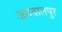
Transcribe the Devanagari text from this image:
जगदालपुर